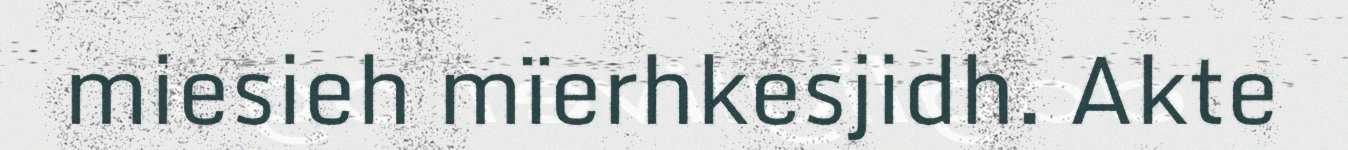
miesieh mïerhkesjidh. Akte